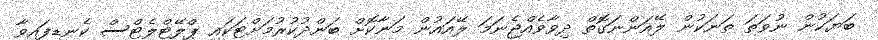
ބަޔަކުން ނުވަތަ ތަނަކުން ލޭއަންނަގޮތް ދިވާވެއްޖެނަމަ ލޭއައުން މަނާކޮށް ބަންދުކުރުމަށްޓަކައި ޕްލޭޓްލެޓްސް ކެނޑިފައިވާ